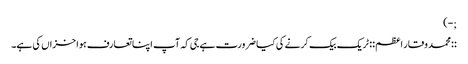
;-)
::محمد وقار اعظم:: ٹریک بیک کرنے کی کیا ضرورت ہے جی کہ آپ اپنا تعارف ہوا خزاں کی ہے۔